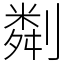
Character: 㔂